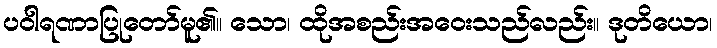
ပဝါရဏာပြုတော်မူ၏။ သော၊ ထိုအစည်းအဝေးသည်လည်း။ ဒုတိယော၊